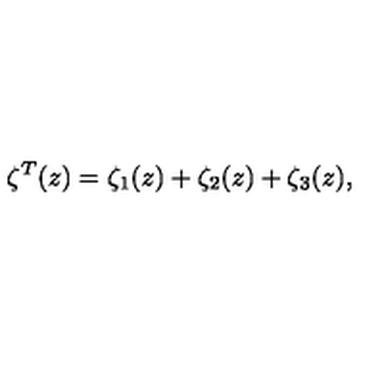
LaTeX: \zeta ^ { T } ( z ) = \zeta _ { 1 } ( z ) + \zeta _ { 2 } ( z ) + \zeta _ { 3 } ( z ) ,